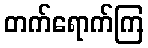
တက်ရောက်ကြ